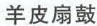
羊皮扇鼓